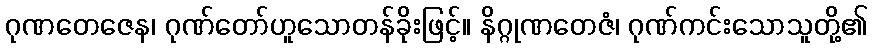
ဂုဏတေဇေန၊ ဂုဏ်တော်ဟူသောတန်ခိုးဖြင့်။ နိဂ္ဂုဏတေဇံ၊ ဂုဏ်ကင်းသောသူတို့၏